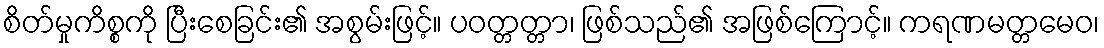
စိတ်မှုကိစ္စကို ပြီးစေခြင်း၏ အစွမ်းဖြင့်။ ပဝတ္တတ္တာ၊ ဖြစ်သည်၏ အဖြစ်ကြောင့်။ ကရဏမတ္တမေဝ၊